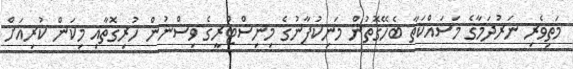
މަތިވެރި ނަރުދަމާގެ މަސައްކަތާ ބެހޭގޮތުން މަނިކުފާނުގެ މިނިސްޓްރީގެ ވިސްނުން ހުރިގޮތާއި މިކަން ކުރިއަށް